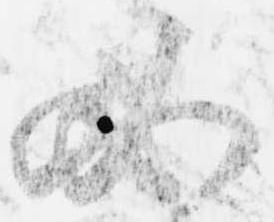
必